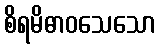
စိရမိဓာဝသေသော